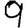
Digit: 9